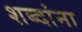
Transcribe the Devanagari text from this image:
शब्‍दांना